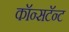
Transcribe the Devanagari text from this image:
कॉन्सटॅन्ट